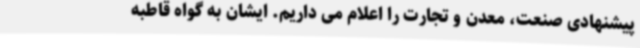
پیشنهادی صنعت، معدن و تجارت را اعلام می داریم. ایشان به گواه قاطبه